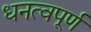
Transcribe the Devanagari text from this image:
धनत्वपूर्ण